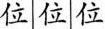
位位位